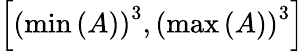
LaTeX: \left[\left(\operatorname*{min}\left(A\right)\right)^{3},\left(\operatorname*{max}\left(A\right)\right)^{3}\right]